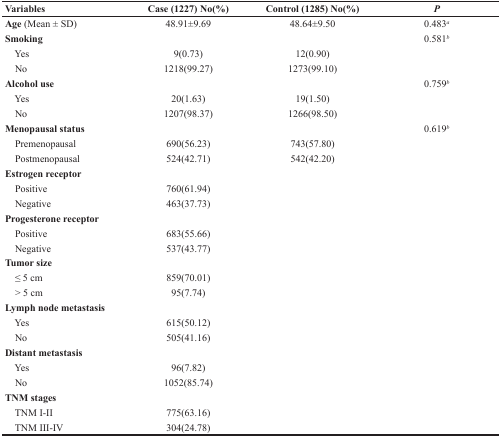
<table><thead><tr><td><b>Variables</b></td><td><b>Case (1227) No(%)</b></td><td><b>Control (1285) No(%)</b></td><td><b><i>P</i></b></td></tr></thead><tbody><tr><td><b>Age</b> (Mean ± SD)</td><td>48.91±9.69</td><td>48.64±9.50</td><td>0.483<sup>a</sup></td></tr><tr><td><b>Smoking</b></td><td></td><td></td><td>0.581<sup>b</sup></td></tr><tr><td> Yes</td><td>9(0.73)</td><td>12(0.90)</td><td></td></tr><tr><td> No</td><td>1218(99.27)</td><td>1273(99.10)</td><td></td></tr><tr><td><b>Alcohol use</b></td><td></td><td></td><td>0.759<sup>b</sup></td></tr><tr><td> Yes</td><td>20(1.63)</td><td>19(1.50)</td><td></td></tr><tr><td> No</td><td>1207(98.37)</td><td>1266(98.50)</td><td></td></tr><tr><td><b>Menopausal status</b></td><td></td><td></td><td>0.619<sup>b</sup></td></tr><tr><td> Premenopausal</td><td>690(56.23)</td><td>743(57.80)</td><td></td></tr><tr><td> Postmenopausal</td><td>524(42.71)</td><td>542(42.20)</td><td></td></tr><tr><td><b>Estrogen receptor</b></td><td></td><td></td><td></td></tr><tr><td> Positive</td><td>760(61.94)</td><td></td><td></td></tr><tr><td> Negative</td><td>463(37.73)</td><td></td><td></td></tr><tr><td><b>Progesterone receptor</b></td><td></td><td></td><td></td></tr><tr><td> Positive</td><td>683(55.66)</td><td></td><td></td></tr><tr><td> Negative</td><td>537(43.77)</td><td></td><td></td></tr><tr><td><b>Tumor size</b></td><td></td><td></td><td></td></tr><tr><td> ≤ 5 cm</td><td>859(70.01)</td><td></td><td></td></tr><tr><td> &gt; 5 cm</td><td>95(7.74)</td><td></td><td></td></tr><tr><td><b>Lymph node metastasis</b></td><td></td><td></td><td></td></tr><tr><td> Yes</td><td>615(50.12)</td><td></td><td></td></tr><tr><td> No</td><td>505(41.16)</td><td></td><td></td></tr><tr><td><b>Distant metastasis</b></td><td></td><td></td><td></td></tr><tr><td> Yes</td><td>96(7.82)</td><td></td><td></td></tr><tr><td> No</td><td>1052(85.74)</td><td></td><td></td></tr><tr><td><b>TNM stages</b></td><td></td><td></td><td></td></tr><tr><td> TNM I-II</td><td>775(63.16)</td><td></td><td></td></tr><tr><td> TNM III-IV</td><td>304(24.78)</td><td></td><td></td></tr></tbody></table>